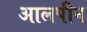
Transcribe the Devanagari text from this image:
आलपीन